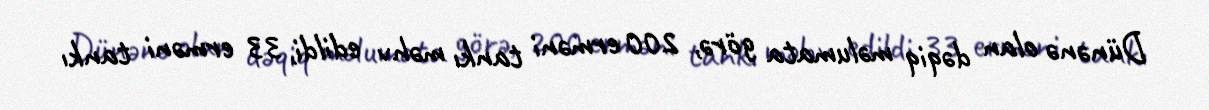
Dünənə olan dəqiq məlumata görə, 200 erməni tankı məhv edildi, 33 erməni tankı